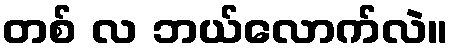
တစ် လ ဘယ်လောက်လဲ။